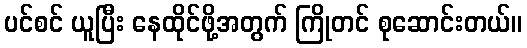
ပင်စင် ယူပြီး နေထိုင်ဖို့အတွက် ကြိုတင် စုဆောင်းတယ်။